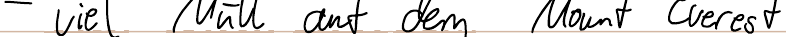
- viel Müll auf dem Mount Everest